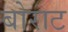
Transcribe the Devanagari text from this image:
बोराट